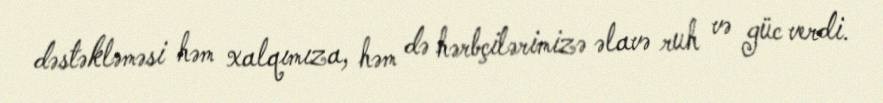
dəstəkləməsi həm xalqımıza, həm də hərbçilərimizə əlavə ruh və güc verdi.